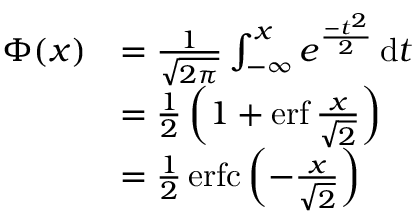
{ \begin{array} { r l } { \Phi ( x ) } & { = { \frac { 1 } { \sqrt { 2 \pi } } } \int _ { - \infty } ^ { x } e ^ { \frac { - t ^ { 2 } } { 2 } } \, \mathrm { d } t } \\ & { = { \frac { 1 } { 2 } } \left( 1 + \operatorname { e r f } { \frac { x } { \sqrt { 2 } } } \right) } \\ & { = { \frac { 1 } { 2 } } \operatorname { e r f c } \left( - { \frac { x } { \sqrt { 2 } } } \right) } \end{array} }